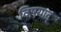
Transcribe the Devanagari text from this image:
विषयात्